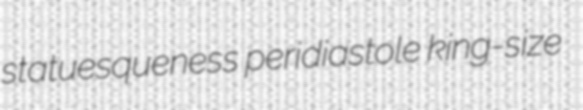
statuesqueness peridiastole king-size